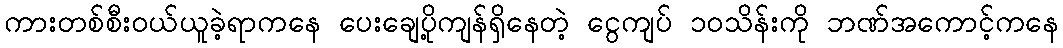
ကားတစ်စီးဝယ်ယူခဲ့ရာကနေ ပေးချေပို့ကျန်ရှိနေတဲ့ ငွေကျပ် ၁ဝသိန်းကို ဘဏ်အကောင့်ကနေ